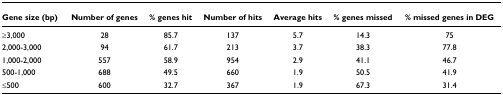
| Gene size (bp) | Number of genes | % genes hit | Number of hits | Average hits | % genes missed | % missed genes in DEG |
 | --- | --- | --- | --- | --- | --- | --- |
 | ≥3,000 | 28 | 85.7 | 137 | 5.7 | 14.3 | 75 |
 | 2,000-3,000 | 94 | 61.7 | 213 | 3.7 | 38.3 | 77.8 |
 | 1,000-2,000 | 557 | 58.9 | 954 | 2.9 | 41.1 | 46.7 |
 | 500-1,000 | 688 | 49.5 | 660 | 1.9 | 50.5 | 41.9 |
 | ≤500 | 600 | 32.7 | 367 | 1.9 | 67.3 | 31.4 |